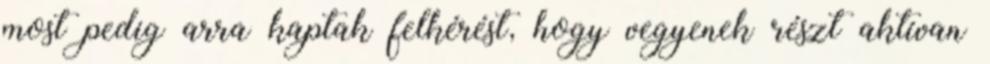
most pedig arra kaptak felkérést, hogy vegyenek részt aktívan